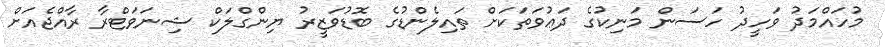
މުހައްމަދު ވަހީދު ހަސަން މަނިކުގެ ދަޢުވަތަކަށް ތައިލެންޑުގެ ބޮޑުވަޒީރު ޔިންގްލަކް ޝިނަވަޓްރާ ރާއްޖެއަށް